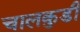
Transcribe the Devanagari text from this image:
चालकुडी